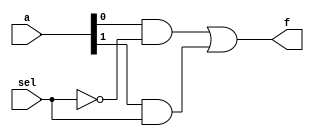
`timescale 1ns/100ps

module mux2to1_primitives(f ,a, sel);

	output f;
	input [1:0] a;
	input sel;
	wire t1, t2, sel2;

	not (sel2, sel);
	and (t1, a[0], sel2) , (t2, a[1], sel);
	or  (f, t1, t2);

endmodule